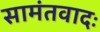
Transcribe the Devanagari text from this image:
सामंतवादः